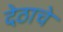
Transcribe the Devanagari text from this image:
देठाचे